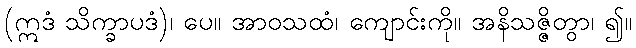
(ဣဒံ သိက္ခာပဒံ)၊ ပေ။ အာဝသထံ၊ ကျောင်းကို။ အနိသဇ္ဇိတွာ၊ ၍။